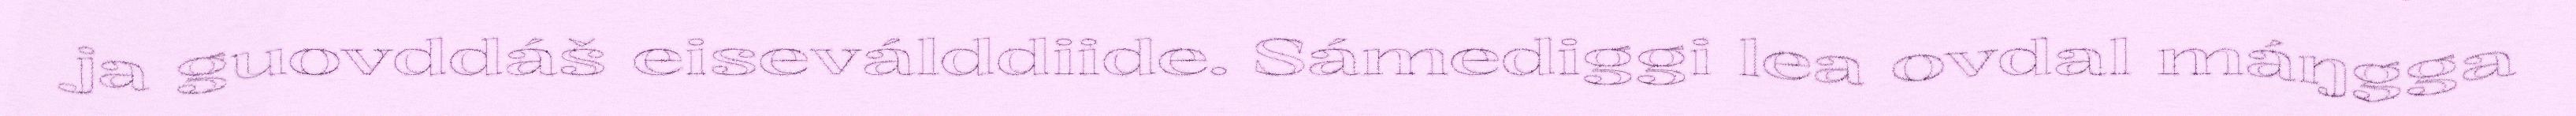
ja guovddáš eiseválddiide. Sámediggi lea ovdal máŋgga